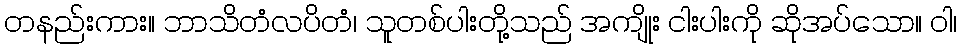
တနည်းကား။ ဘာသိတံလပိတံ၊ သူတစ်ပါးတို့သည် အကျိုး ငါးပါးကို ဆိုအပ်သော။ ဝါ၊